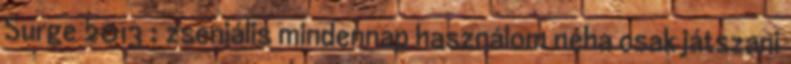
Surge 2013 : zseniális mindennap használom néha csak játszani